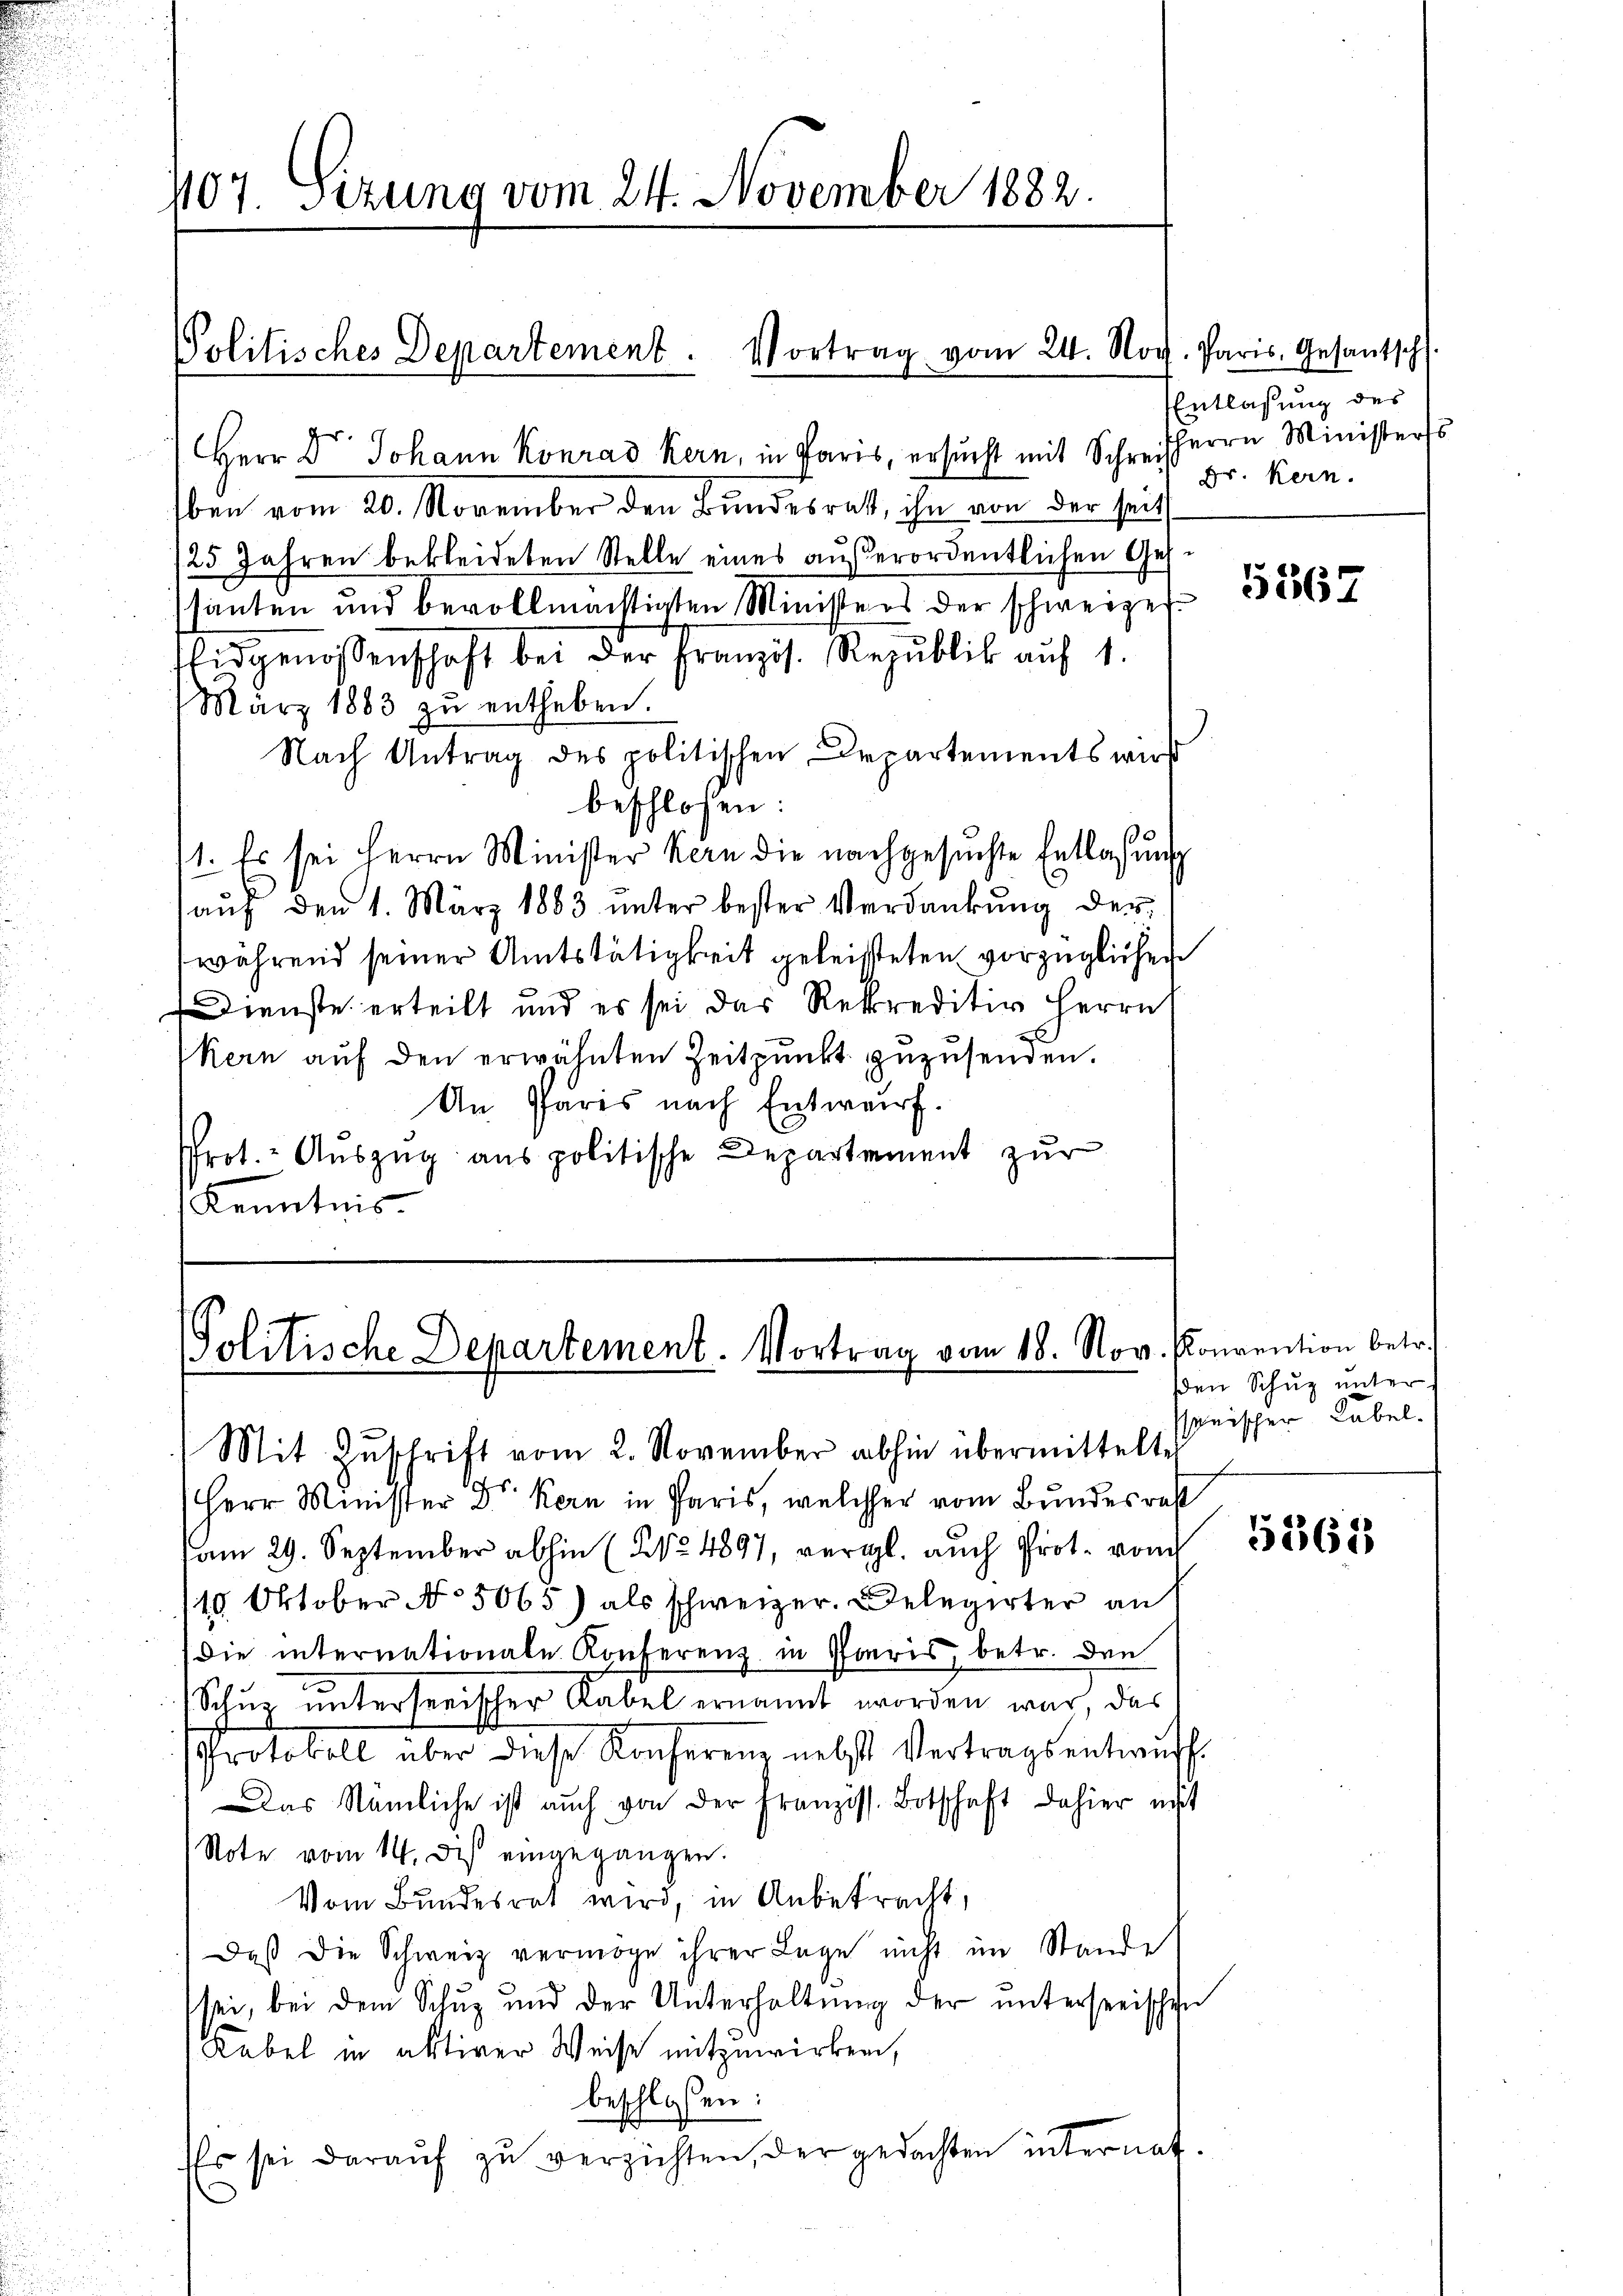
107. Sizung vom 24. November 1882.

Politisches Departement. Vortrag vom 24. Noc

Herr Dr. Johann Konrad Kern, in Paris, ersucht mit Schreib
Eben vom 20. November den Bundesrat, ihn von der seit
/25 Jahren bekleideten Stelle eines außerordentlichen Ges.
santen und bevollmächtigten Ministers der schweizer
Eidgenossenschaft bei der Französ. Republik auf 1.
März 1883 zŭ entheben.
Nach Antrag des politischen Departements wirst
beschlossen:
1. Es sei Herrn Minister Kern die nachgesŭchte Entlassŭng
auf den 1. März 1883 unter bester Verdankung der
während seiner Amtstätigkeit geleisteten vorzüglichen
Dienste erteilt und es sei das Rekreditio Herrn
kern auf den erwähnten Zeitpunkt zuzusenden.
An Paris nach Entwurf.
Prot. - Auszug aus politische Departement zur
Kenntnis

PPolitische Departement. Vortrag vom 18. Nov. Konvention betr.

J. Paris. Gesantsch
Entlassung des
Herrn Ministerss
Dr. Kern.

Mit Zŭschrift vom 2. November abhin übermittelte
Herr Minister Dr Kern in Paris, welcher vom Bundesrat
vom 29. September abhin (No 4897, vergl. auch Prot. von
10. Oktober No 5065) als schweizer. Delegirter an
die internationale Konferenz in Paris, betr. den
Schuz unterserischer Rabel ernannt worden war, das
Protokoll über diese Konferen nebst Vertragsentwurf.
Das Nämliche ist auch von der Franziss. Botschaft dahier mit
Note vom 14. des eingegangen.
Vom Bundesrat wird, in Anbetracht,
Daß die Schweiz vermöge ihrer Lage nicht im Stande
sei, bei dem Schuz und der Unterhaltung der unterseeischen
Kabel in aktiver Weise mitzuwirken,
beschlossen:
Es sei daraŭf zŭ verzichten, der gedachten internat.

5367

den Schuz unter
sonischen Kabel.

5565